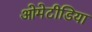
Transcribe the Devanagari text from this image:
ओमेटीडिया